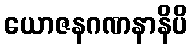
ယောဇနဂဏနာနိပိ